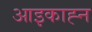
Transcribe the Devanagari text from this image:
आइकाह्न